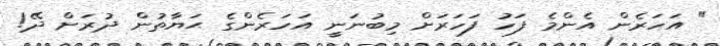
" އަހަރެން އެންމެ ފަހު ފަހަރަށް މިބުނަނީ އަހަރެންގެ ޙަޔާތުން ދުރަށް ދޭ!